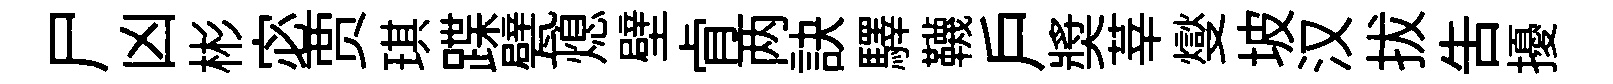
尸凶彬宓贾琪蹀甓熄壁肻两訣驛韈戶奬莘燮坡汉拔吿擾